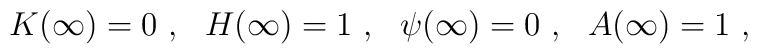
K(\infty)=0 \ , \ \ H(\infty)=1 \ , \ \ \psi(\infty)=0 \ , \ \ A(\infty)=1\ ,